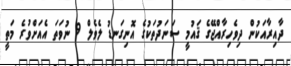
ދާއިރާއަކުން ދިވެހިރާއްޖޭގެ ޤައުމީ ސަނަދުތަކުގެ އޮނިގަނޑު ލެވެލް 9 ނުވަތަ އެއަށްވުރެ މަތީ